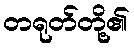
တရုတ်တို့၏